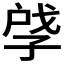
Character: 𪦽